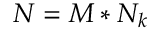
N = M * N _ { k }